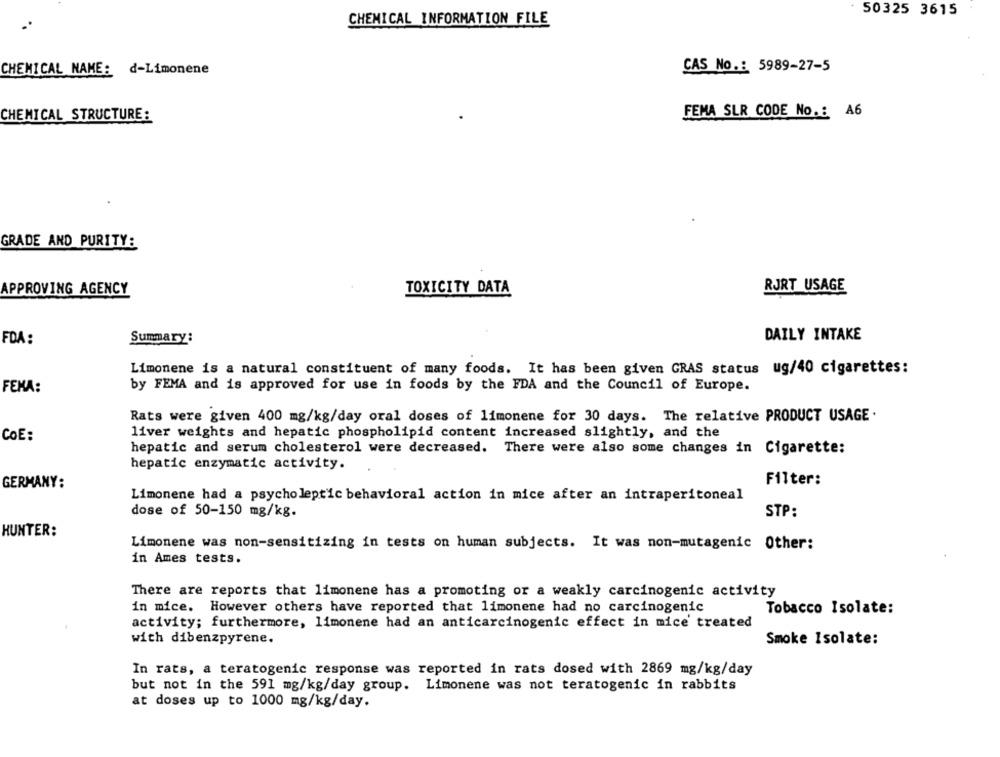
50325 3615
CHEMICAL INFORMATION FILE
CAS No .: 5989-27-5
CHEMICAL NAME: d-Limonene
FEMA SLR CODE No .: A6
CHEMICAL STRUCTURE:
GRADE AND PURITY:
APPROVING AGENCY
TOXICITY DATA
RJRT USAGE
FDA:
Summary:
DAILY INTAKE
Limonene is a natural constituent of many foods. It has been given GRAS status ug/40 cigarettes:
by FEMA and is approved for use in foods by the FDA and the Council of Europe.
FEMA:
Rats were given 400 mg/kg/day oral doses of limonene for 30 days. The relative PRODUCT USAGE .
COE:
liver weights and hepatic phospholipid content increased slightly, and the
hepatic and serum cholesterol were decreased. There were also some changes in Cigarette:
hepatic enzymatic activity.
GERMANY:
Filter:
Limonene had a psycholeptic behavioral action in mice after an intraperitoneal
dose of 50-150 mg/kg.
STP:
HUNTER:
Limonene was non-sensitizing in tests on human subjects. It was non-mutagenic Other:
in Ames tests.
There are reports that limonene has a promoting or a weakly carcinogenic activity
in mice. However others have reported that limonene had no carcinogenic
Tobacco Isolate:
activity; furthermore, limonene had an anticarcinogenic effect in mice treated
with dibenzpyrene.
Smoke Isolate:
In rats, a teratogenic response was reported in rats dosed with 2869 mg/kg/day
but not in the 591 mg/kg/day group. Limonene was not teratogenic in rabbits
at doses up to 1000 mg/kg/day.